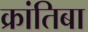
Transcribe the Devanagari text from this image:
क्रांतिबा